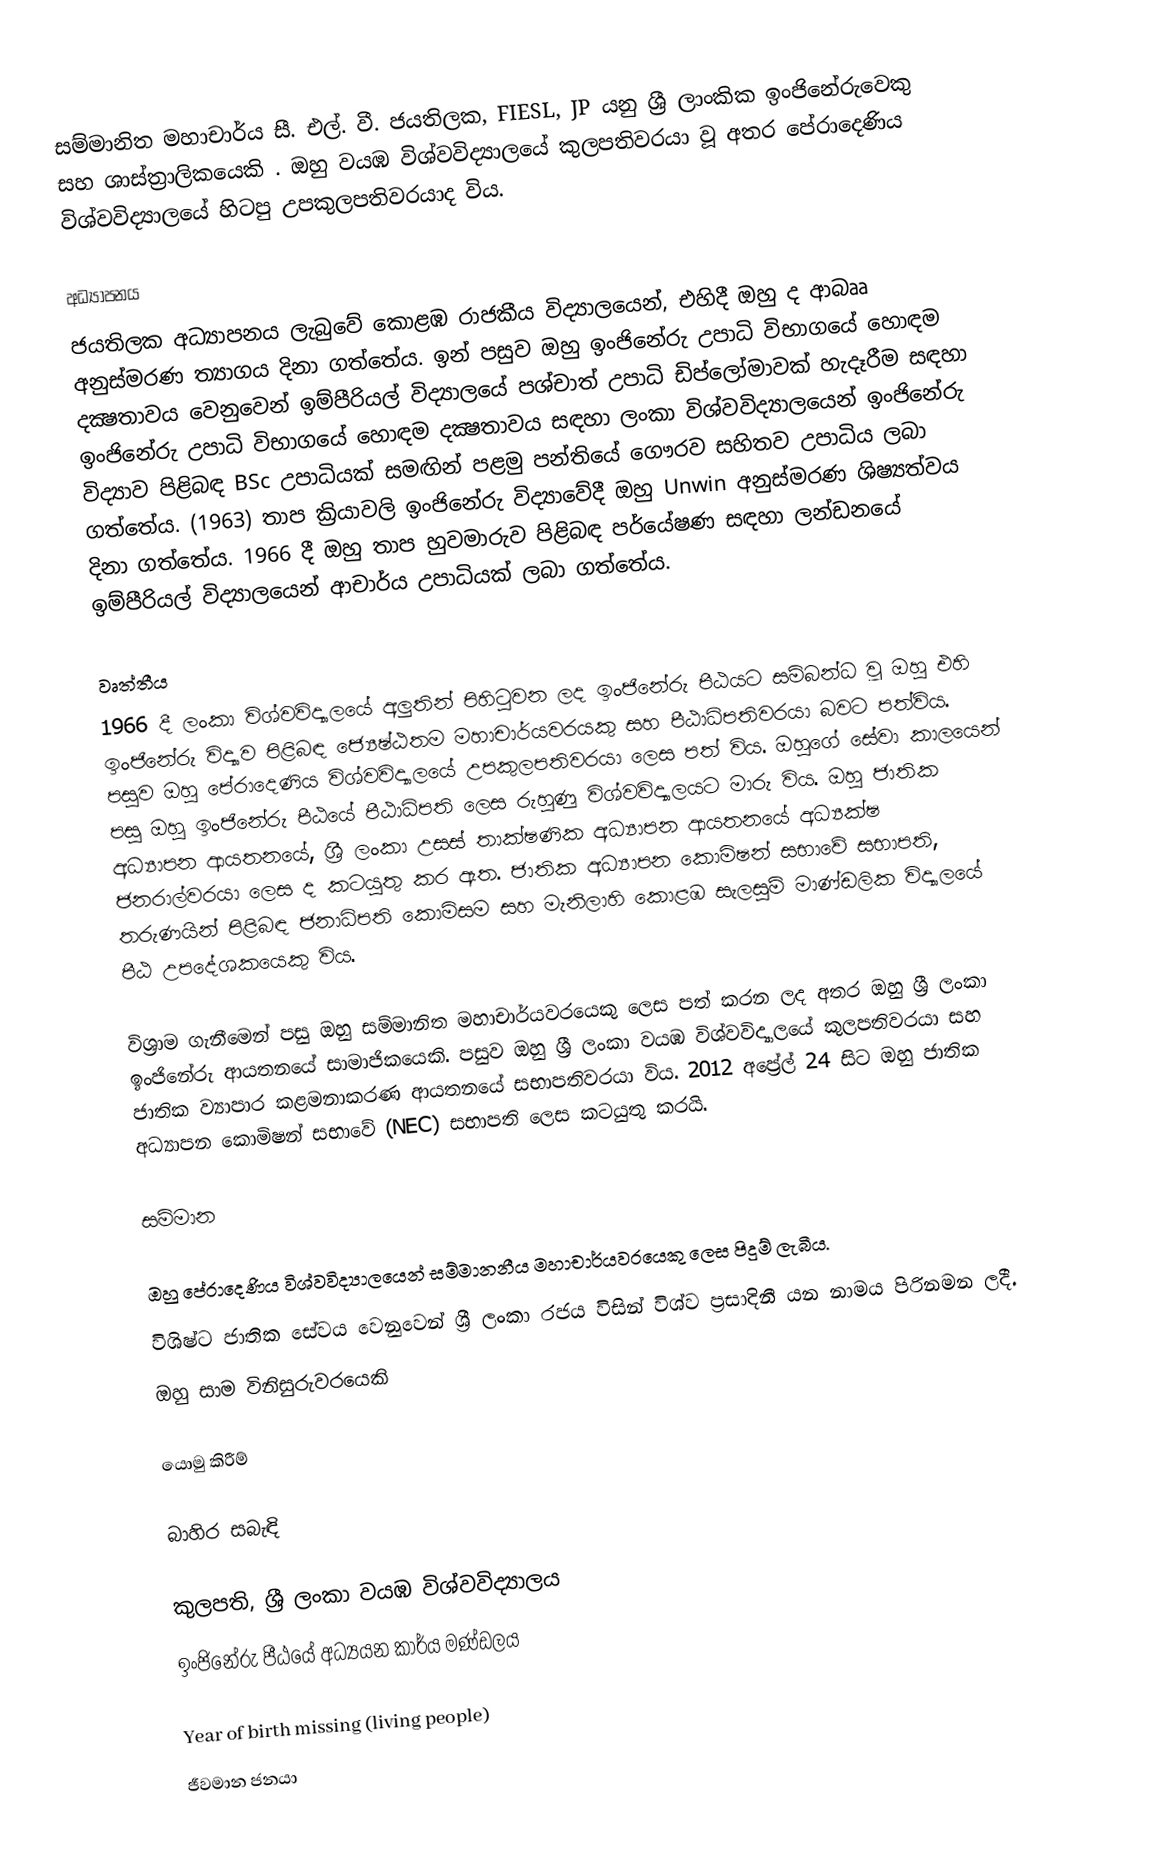
සම්මානිත මහාචාර්ය සී. එල්. වී. ජයතිලක, FIESL, JP යනු ශ්‍රී ලාංකික ඉංජිනේරුවෙකු සහ ශාස්ත්‍රාලිකයෙකි . ඔහු වයඹ විශ්වවිද්‍යාලයේ කුලපතිවරයා වූ අතර පේරාදෙණිය විශ්වවිද්‍යාලයේ හිටපු උපකුලපතිවරයාද විය.

අධ්‍යාපනය
ජයතිලක අධ්‍යාපනය ලැබුවේ කොළඹ රාජකීය විද්‍යාලයෙන්,  එහිදී ඔහු ද ආබෲ අනුස්මරණ ත්‍යාගය දිනා ගත්තේය. ඉන් පසුව ඔහු ඉංජිනේරු උපාධි විභාගයේ හොඳම දක්‍ෂතාවය වෙනුවෙන් ඉම්පීරියල් විද්‍යාලයේ පශ්චාත් උපාධි ඩිප්ලෝමාවක් හැදෑරීම සඳහා ඉංජිනේරු උපාධි විභාගයේ හොඳම දක්‍ෂතාවය සඳහා ලංකා විශ්වවිද්‍යාලයෙන් ඉංජිනේරු විද්‍යාව පිළිබඳ BSc උපාධියක් සමඟින් පළමු පන්තියේ ගෞරව සහිතව උපාධිය ලබා ගත්තේය. (1963) තාප ක්‍රියාවලි ඉංජිනේරු විද්‍යාවේදී ඔහු Unwin අනුස්මරණ ශිෂ්‍යත්වය දිනා ගත්තේය. 1966 දී ඔහු තාප හුවමාරුව පිළිබඳ පර්යේෂණ සඳහා ලන්ඩනයේ ඉම්පීරියල් විද්‍යාලයෙන් ආචාර්ය උපාධියක් ලබා ගත්තේය.

වෘත්තීය
1966 දී ලංකා විශ්වවිද්‍යාලයේ අලුතින් පිහිටුවන ලද ඉංජිනේරු පීඨයට සම්බන්ධ වූ ඔහු එහි ඉංජිනේරු විද්‍යාව පිළිබඳ ජ්‍යෙෂ්ඨතම මහාචාර්යවරයකු සහ පීඨාධිපතිවරයා බවට පත්විය.  පසුව ඔහු පේරාදෙණිය විශ්වවිද්‍යාලයේ උපකුලපතිවරයා ලෙස පත් විය. ඔහුගේ සේවා කාලයෙන් පසු ඔහු ඉංජිනේරු පීඨයේ පීඨාධිපති ලෙස රුහුණු විශ්වවිද්‍යාලයට මාරු විය. ඔහු ජාතික අධ්‍යාපන ආයතනයේ, ශ්‍රී ලංකා උසස් තාක්ෂණික අධ්‍යාපන ආයතනයේ අධ්‍යක්ෂ ජනරාල්වරයා ලෙස ද කටයුතු කර ඇත. ජාතික අධ්‍යාපන කොමිෂන් සභාවේ සභාපති, තරුණයින් පිළිබඳ ජනාධිපති කොමිසම සහ මැනිලාහි කොළඹ සැලසුම් මාණ්ඩලික විද්‍යාලයේ පීඨ උපදේශකයෙකු විය.

විශ්‍රාම ගැනීමෙන් පසු ඔහු සම්මානිත මහාචාර්යවරයෙකු ලෙස පත් කරන ලද අතර ඔහු ශ්‍රී ලංකා ඉංජිනේරු ආයතනයේ සාමාජිකයෙකි. පසුව ඔහු ශ්‍රී ලංකා වයඹ විශ්වවිද්‍යාලයේ කුලපතිවරයා සහ ජාතික ව්‍යාපාර කළමනාකරණ ආයතනයේ සභාපතිවරයා විය. 2012 අප්‍රේල් 24 සිට ඔහු ජාතික අධ්‍යාපන කොමිෂන් සභාවේ (NEC) සභාපති ලෙස කටයුතු කරයි.

සම්මාන

 ඔහු පේරාදෙණිය විශ්වවිද්‍යාලයෙන් සම්මානනීය මහාචාර්යවරයෙකු ලෙස පිදුම් ලැබීය.
 විශිෂ්ට ජාතික සේවය වෙනුවෙන් ශ්‍රී ලංකා රජය විසින් විශ්ව ප්‍රසාදිනී යන නාමය පිරිනමන ලදී.
 ඔහු සාම විනිසුරුවරයෙකි

යොමු කිරීම්

බාහිර සබැඳි

 කුලපති, ශ්‍රී ලංකා වයඹ විශ්වවිද්‍යාලය
 ඉංජිනේරු පීඨයේ අධ්‍යයන කාර්ය මණ්ඩලය

Year of birth missing (living people)
ජීවමාන ජනයා